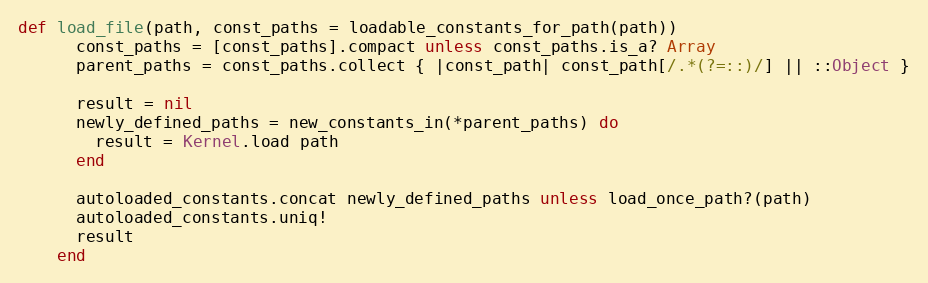
Language: Ruby
def load_file(path, const_paths = loadable_constants_for_path(path))
      const_paths = [const_paths].compact unless const_paths.is_a? Array
      parent_paths = const_paths.collect { |const_path| const_path[/.*(?=::)/] || ::Object }

      result = nil
      newly_defined_paths = new_constants_in(*parent_paths) do
        result = Kernel.load path
      end

      autoloaded_constants.concat newly_defined_paths unless load_once_path?(path)
      autoloaded_constants.uniq!
      result
    end